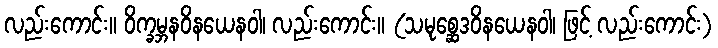
လည်းကောင်း။ ဝိက္ခမ္ဘနဝိနယေနဝါ၊ လည်းကောင်း။ (သမုစ္ဆေဒဝိနယေနဝါ၊ ဖြင့် လည်းကောင်း)